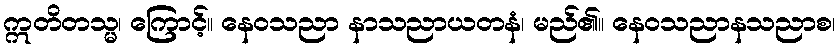
ဣတိတသ္မ၊ ကြောင့်။ နေဝသညာ နာသညာယတနံ၊ မည်၏။ နေဝသညာနသညာစ၊